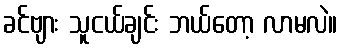
ခင်ဗျား သူငယ်ချင်း ဘယ်တော့ လာမလဲ။